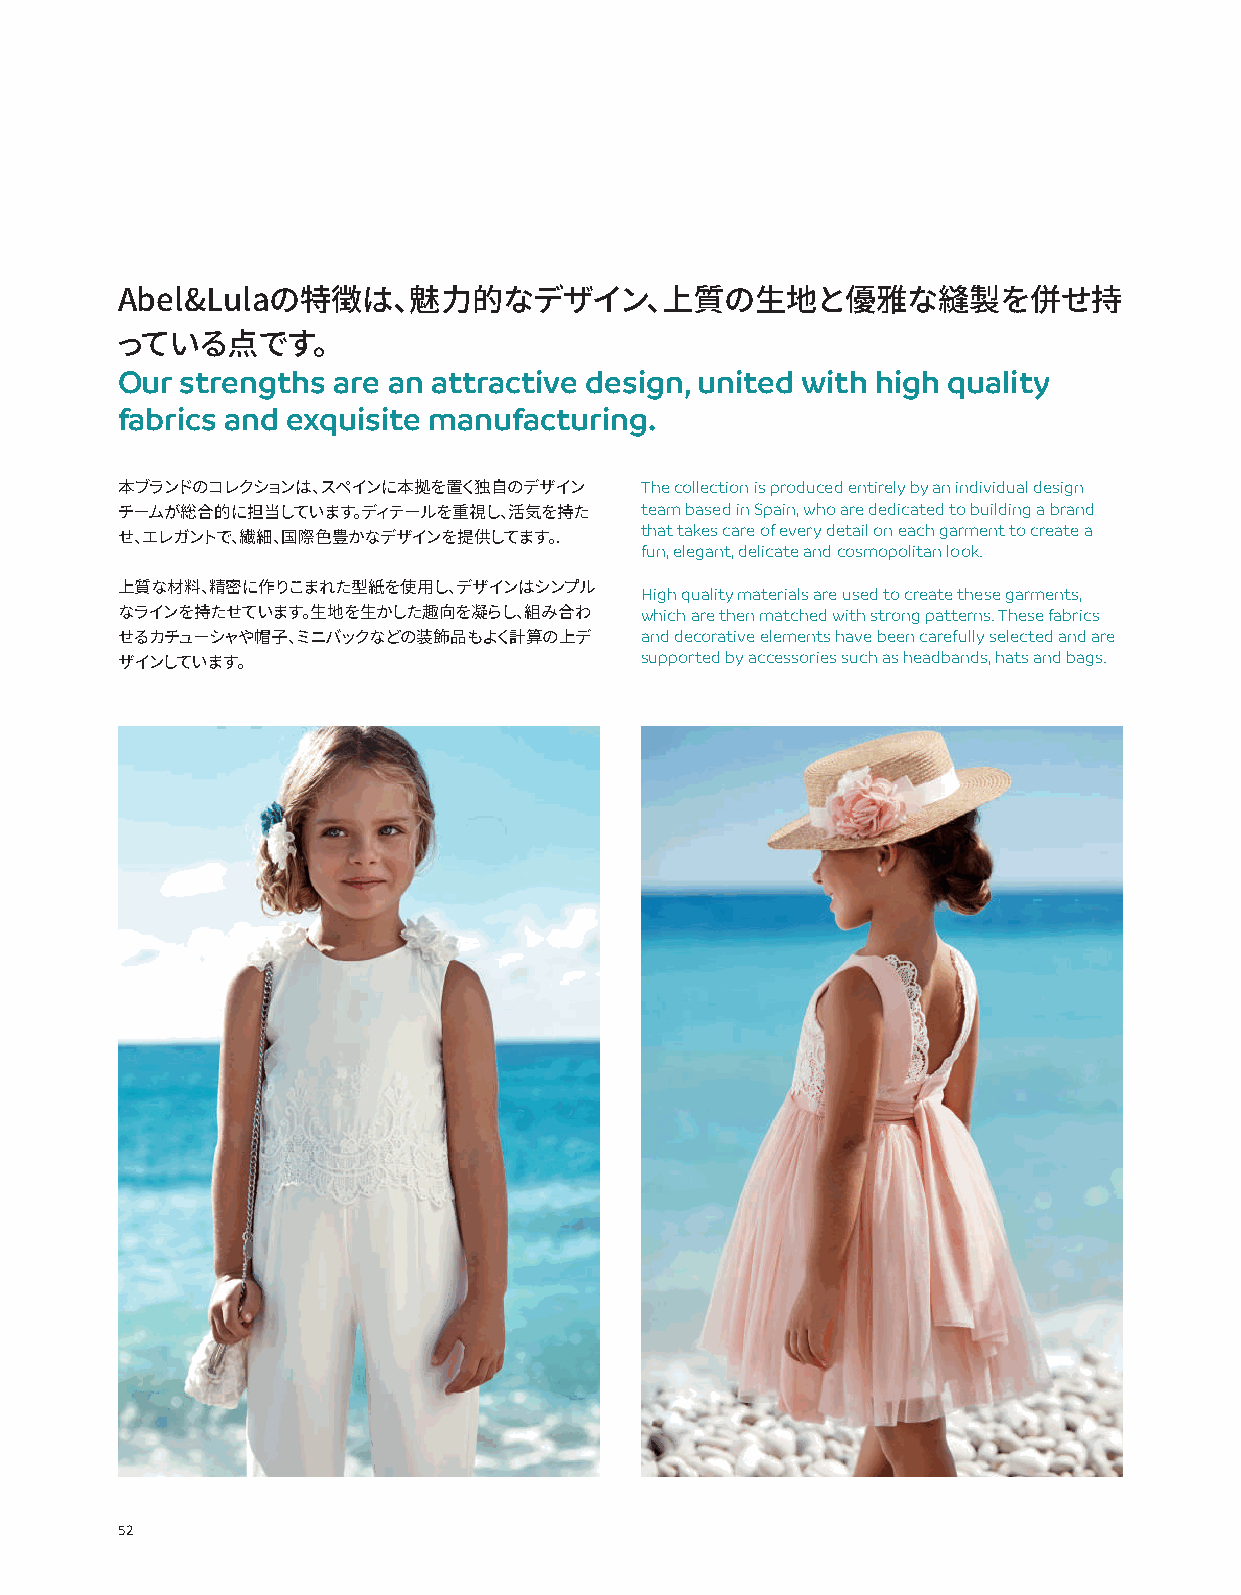
Abel&Lulaの特徴は、魅力的なデザイン、上質の生地と優雅な縫製を併せ持
 っている点です。
 Our strengths are an attractive design, united with high quality
 fabrics and exquisite manufacturing.
 The collection is produced entirely by an individual design
 本ブランドのコレクションは、スペインに本拠を置く独自のデザイン
 team based in Spain, who are dedicated to building a brand
 チームが総合的に担当しています。ディテールを重視し、活気を持た   that takes care of every detail on each garment to create a
 せ、エレガントで、繊細、国際色豊かなデザインを提供してます。.   fun, elegant, delicate and cosmopolitan look.
 High quality materials are used to create these garments,
 上質な材料、精密に作りこまれた型紙を使用し、デザインはシンプル
 which are then matched with strong patterns. These fabrics
 なラインを持たせています。生地を生かした趣向を凝らし、組み合わ
 and decorative elements have been carefully selected and are
 せるカチューシャや帽子、ミニバックなどの装飾品もよく計算の上デ   supported by accessories such as headbands, hats and bags.
 ザインしています。
 52